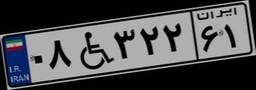
۹۲W۹۵۰۵۴